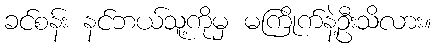
ခင်စန်း နင်ဘယ်သူ့ကိုမှ မကြိုက်နဲ့ဦးသိလား။